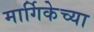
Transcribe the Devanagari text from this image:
मार्गिकेच्या